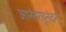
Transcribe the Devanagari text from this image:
आनंदरघुनंदन